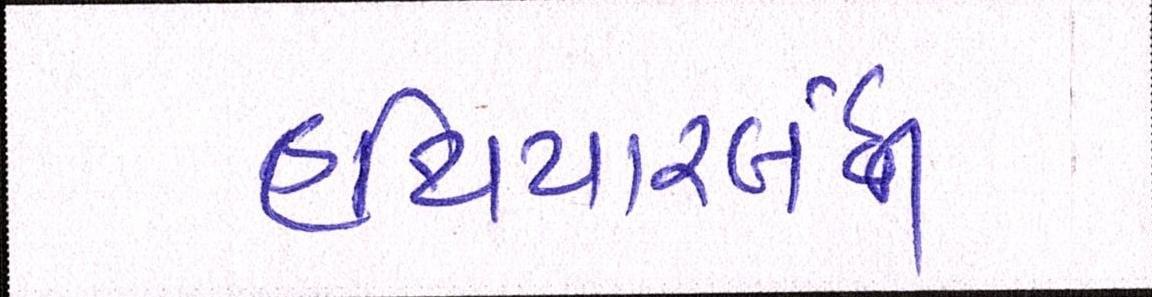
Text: હથિયારબંધી